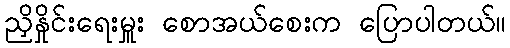
ညှိနှိုင်းရေးမှူး စောအယ်စေးက ပြောပါတယ်။